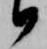
候